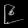
Digit: ၉